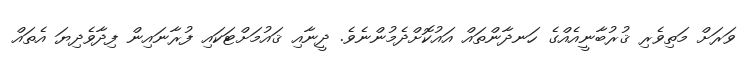
ވަރަށް މަތިވެރި ޤުރުބާނީއެއްގެ ހަނދާންތައް އައުކޮށްދެމުންނެވެ. ދީނާއި ޤައުމަށްޓަކައި ފުރާނައިން ފިދާވެދިޔަ އެތައް